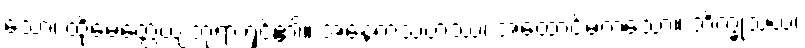
သော၊ ထိုမေတ္တေယျဘုရားရှင်၏။ အနေကသဟဿံ၊ အထောင်မကသော။ ဘိက္ခုသံဃံ၊